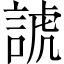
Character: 諕